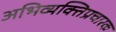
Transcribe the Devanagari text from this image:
अभिव्यक्तिप्रचारक